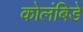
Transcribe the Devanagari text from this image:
कोलंबिडे